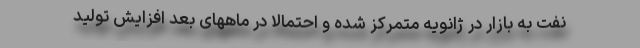
نفت به بازار در ژانویه متمرکز شده و احتمالا در ماههای بعد افزایش تولید